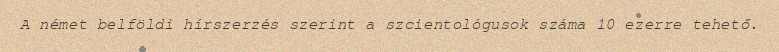
A német belföldi hírszerzés szerint a szcientológusok száma 10 ezerre tehető.